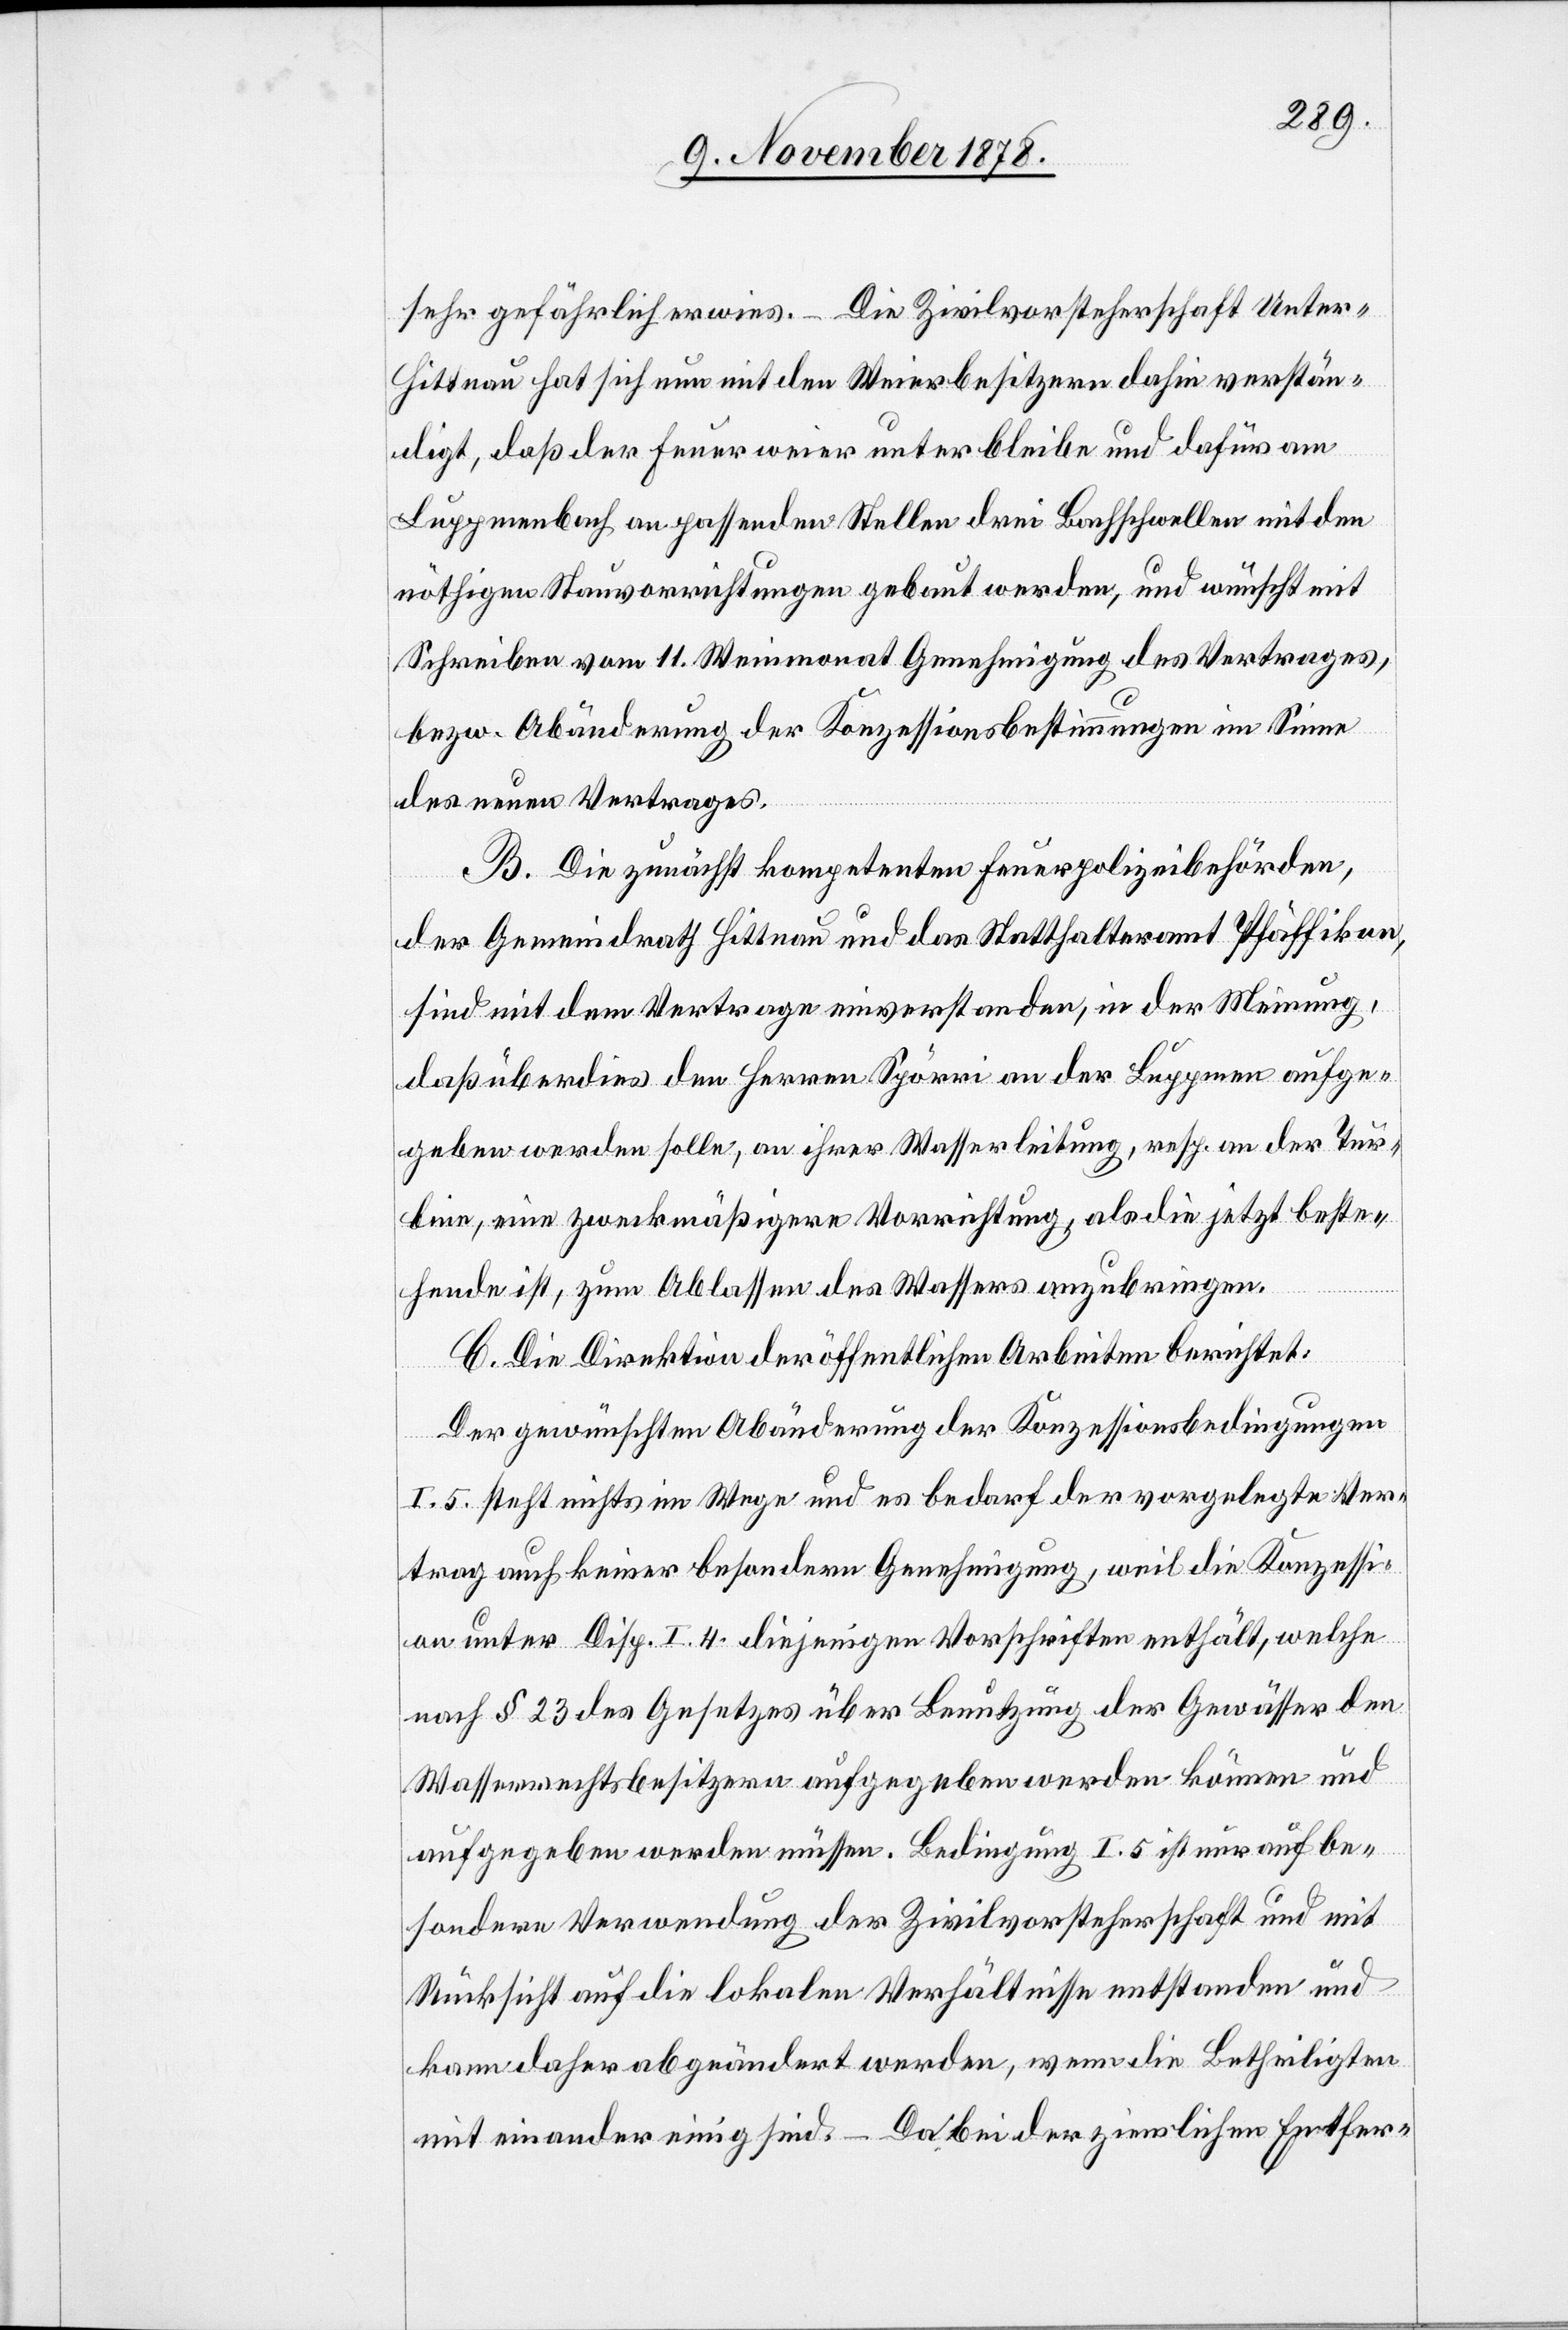
sehr gefährlich erwies. Die Zivilvorsteherschaft Unter-H¬
ittnau hat sich nun mit den Weierbesitzern dahin verstän¬
digt, daß der Feuerweier unterbleibe und dafür am
Luppmenbach an passenden Stellen drei Bachschwellen mit den
nöthigen Stauvorrichtungen gebaut werden, und wünscht mit
Schreiben vom 11. Weinmonat Genehmigung des Vertrages,
bezw. Abänderung der Konzessionsbestimmungen im Sinne
des neuen Vertrages.
B. Die zunächst kompetenten Feuerpolizeibehörden,
der Gemeindrath Hittnau und das Statthalteramt Pfäffikon,
sind mit dem Vertrage einverstanden, in der Meinung,
daß überdies den Herren Spörri an der Luppmen aufge¬
geben werden solle, an ihrer Wasserleitung, resp. an der Tur¬
bine, eine zweckmäßigere Vorrichtung, als die jetzt beste¬
hende ist, zum Ablassen des Wassers anzubrigen.
C. Die Direktion der öffentlichen Arbeiten berichtet:
Der gewünschten Abänderung der Konzessionsbedingungen
I. 5. steht nichts im Wege und es bedarf der vorgelegte Ver¬
trag auch keiner besonderen Genehmigung, weil die Konzessi¬
on unter Disp. I. 4 diejenigen Vorschriften enthält, welche
nach § 23 des Gesetzes über Benutzung der Gewässer den
Wasserrechtsbesitzern aufgegeben werden können und
aufgegeben werden müssen. Bedingung I. 5 ist nur auf be¬
sondere Verwendung der Zivilvorsteherschaft und mit
Rücksicht auf die lokalen Verhältnisse entstanden und
kann daher abgeändert werden, wenn die Betheiligten
miteinander einig sind. Da bei der zinslichen Entfer-